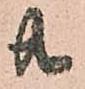
共